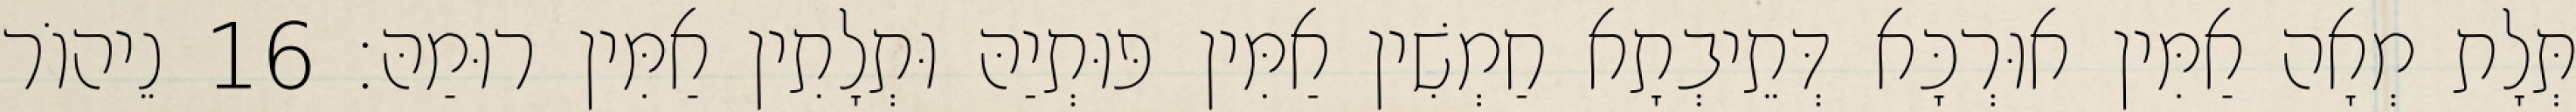
תְּלָת מְאָה אַמִּין אוּרְכָּא דְּתֵיבְתָא חַמְשִׁין אַמִּין פּוּתְיַהּ וּתְלָתִין אַמִּין רוּמַהּ׃ 16 נֵיהוֹר